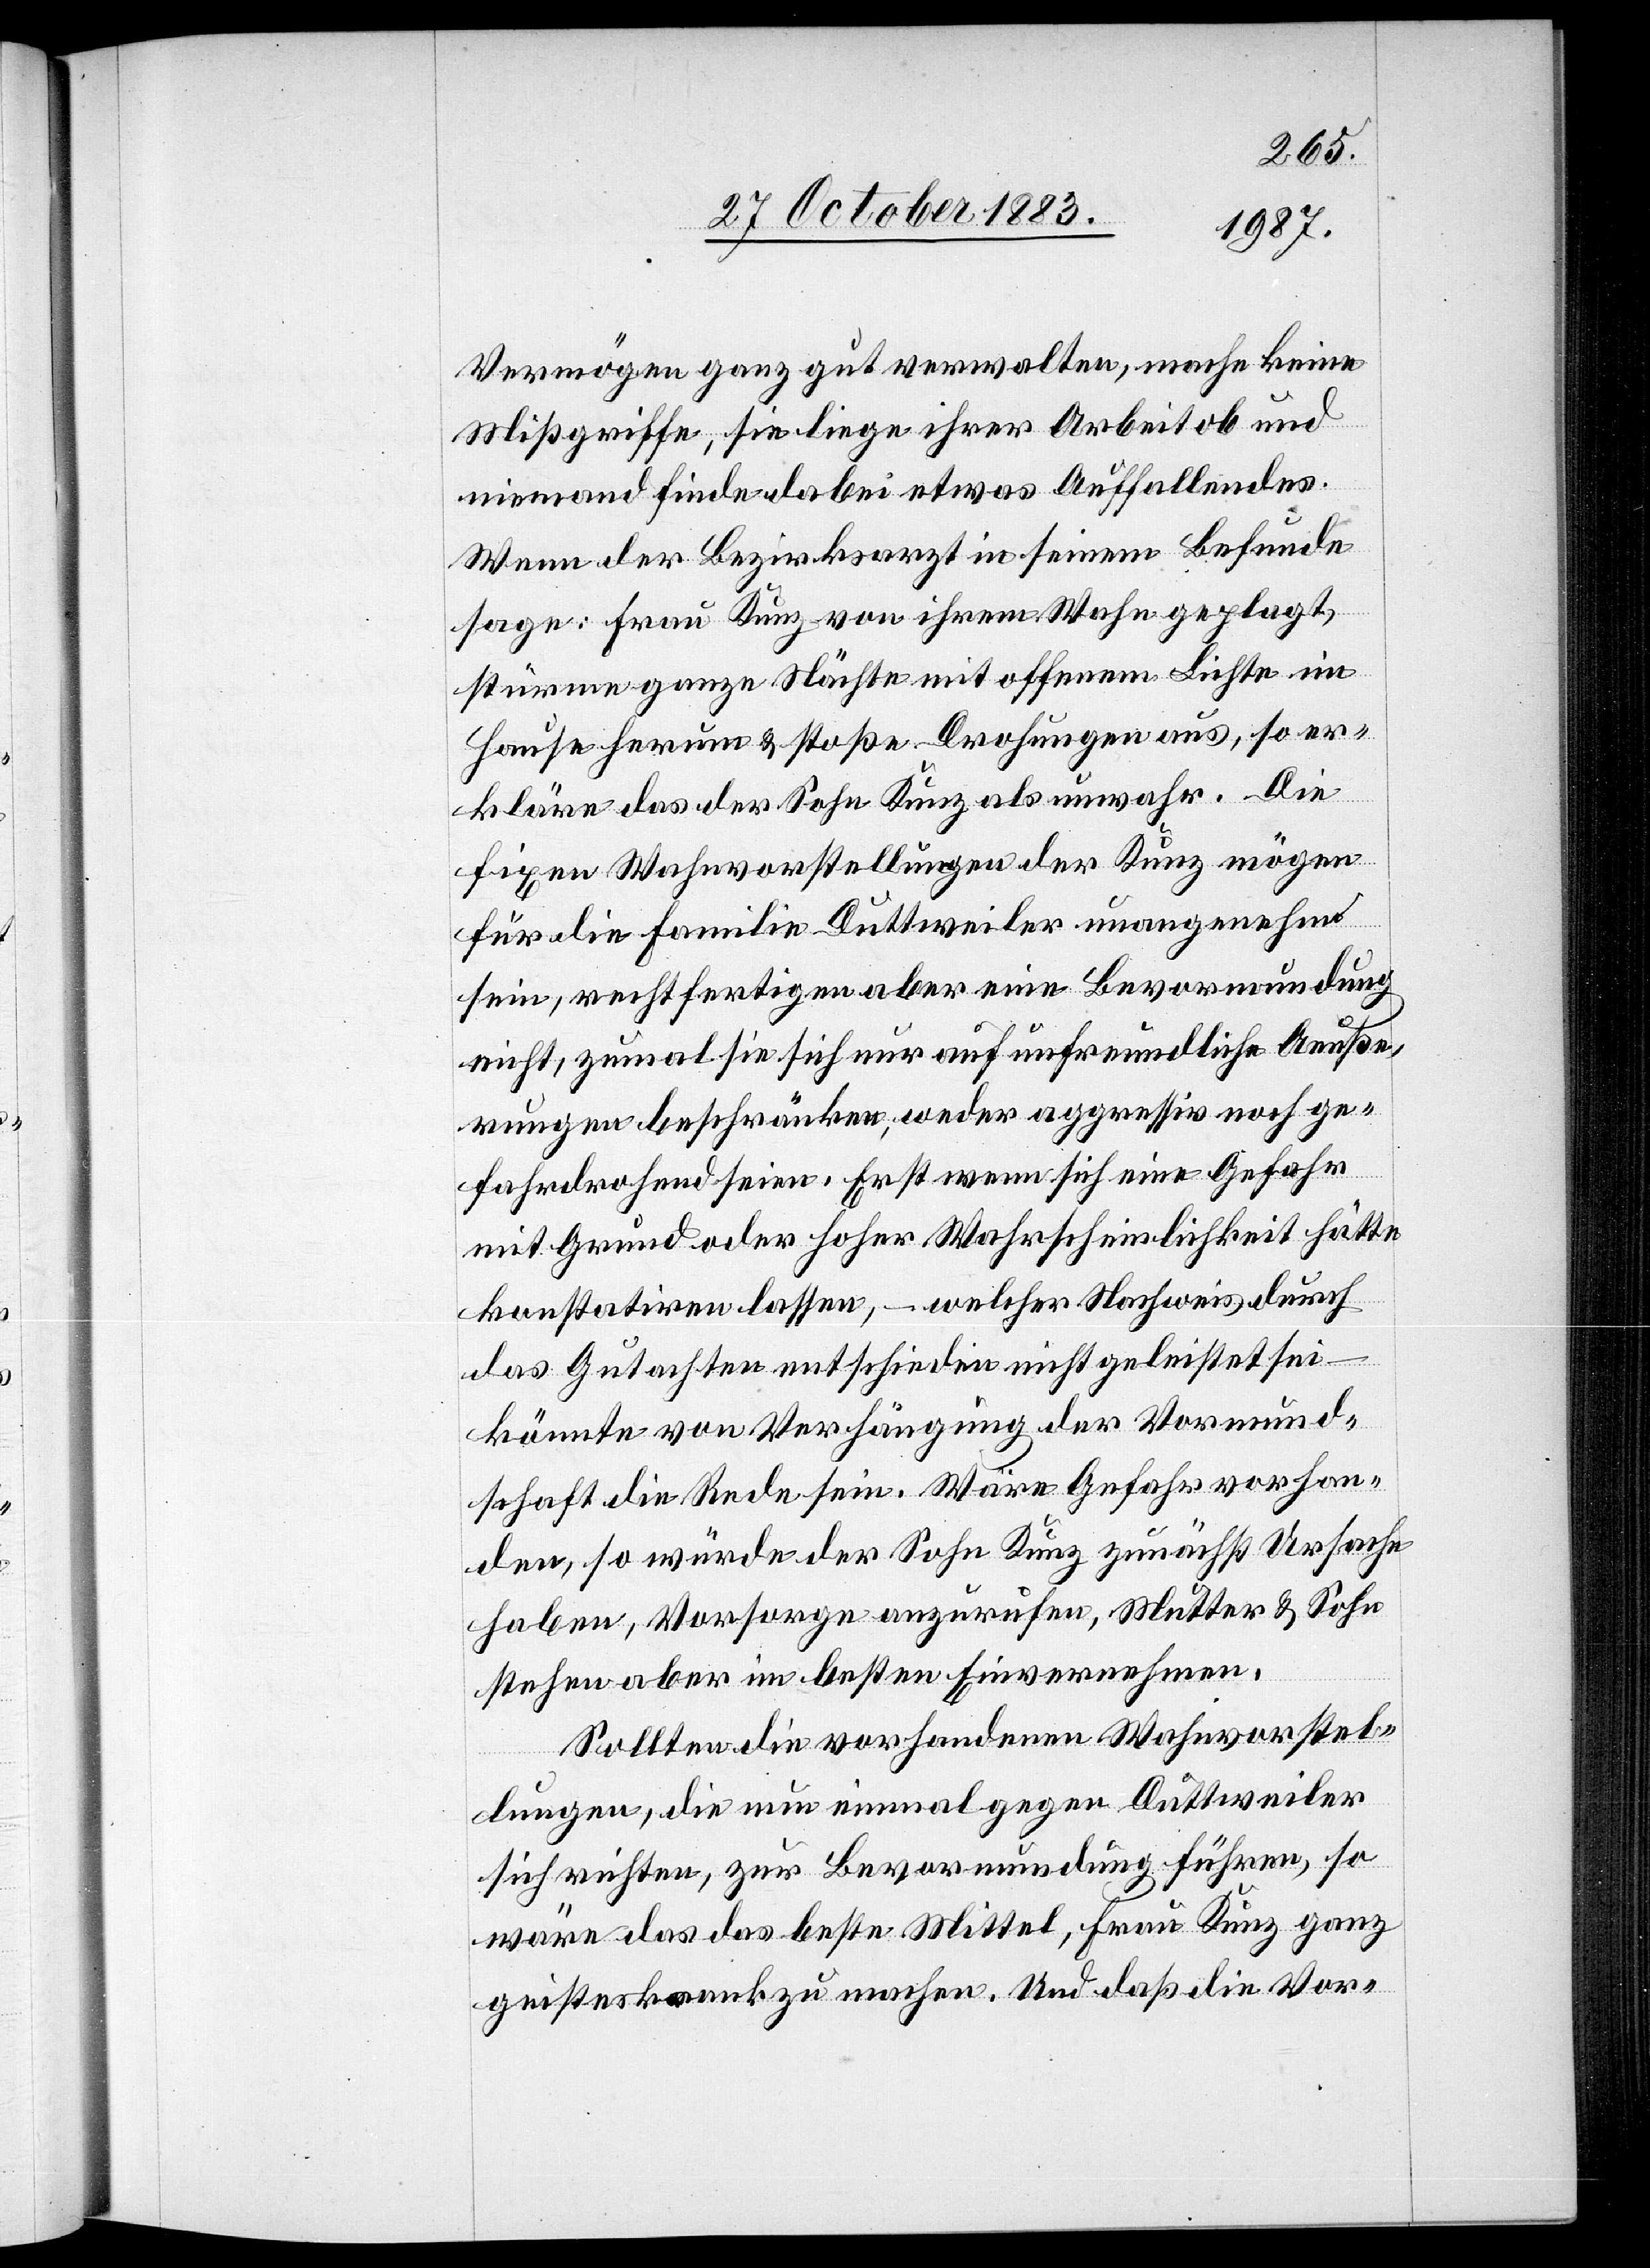
Vermögen ganz gut verwalten, mache keine
Mißgriffe, sie liege ihrer Arbeit ob und
niemand finde dabei etwas Auffallendes.
Wenn der Bezirksarzt in seinem Befunde
sage: Frau Kunz von ihrem Wahn geplagt,
stürme ganze Nächte mit offenem Lichte im
Hause herum & stoße Drohungen aus, so er¬
kläre das der Sohn Kunz als unwahr. Die
fixen Wahnvorstellungen der Kunz mögen
für die Familie Duttweiler unangenehm
sein, rechtfertigen aber eine Bevormundung
nicht, zumal sie sich nur auf unfreundliche Aeuße¬
rungen beschränken, weder aggressiv noch ge¬
fahrdrohend seien. Erst wenn sich eine Gefahr
mit Grund oder hoher Wahrscheinlichkeit hätte
konstatiren lassen, – welcher Nachweis durch
das Gutachten entschieden nicht geleistet sei
könnte von Verhängung der Vormund¬
schaft die Rede sein. Wäre Gefahr vorhan¬
den, so würde der Sohn Kunz zunächst Ursache
haben, Vorsorge anzurufen, Mutter & Sohn
stehen aber im besten Einvernehmen.
Sollten die vorhandenen Wahnvorstel¬
lungen, die nun einmal gegen Duttweiler
sich richten, zur Bevormundung führen, so
wäre das das beste Mittel, Frau Kunz ganz
geisteskrank zu machen. Und daß die Vor-